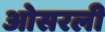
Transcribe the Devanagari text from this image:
ओसरली